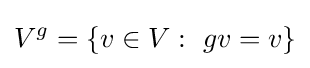
V^{g}=\{v\in V:\ gv=v\}